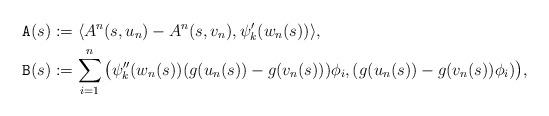
LaTeX: \begin{align*}\mathtt{A}(s)&:= \langle A^n(s,u_n)-A^n(s,v_n), \psi_k' (w_n(s))\rangle, \\\mathtt{B}(s)&:= \sum_{i=1}^{n}\big(\psi''_k(w_n(s))(g(u_n(s))-g(v_n(s)))\phi_i,(g(u_n(s))-g(v_n(s))\phi_i)\big),\end{align*}